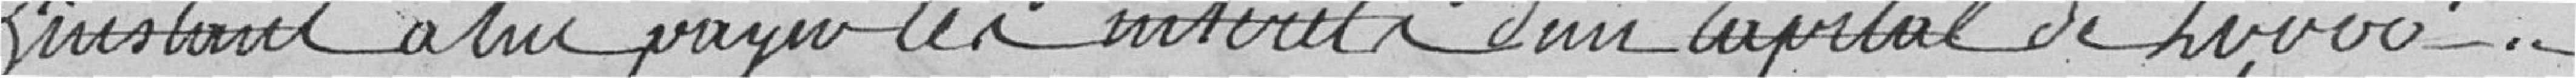
l'instant à lui payer les intérêts d'un capital de 20,000 "